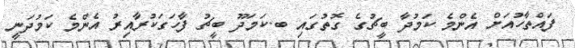
ފައްތާހުއަށް އެންމެ ކަމުދާ ބީޗުގެ ގޮތުގައި ބ.ކަމަދޫ ބީޗު ފާހަގަކުރާއިރު އެންމެ ކަމުދަނީ